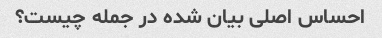
احساس اصلی بیان شده در جمله چیست؟